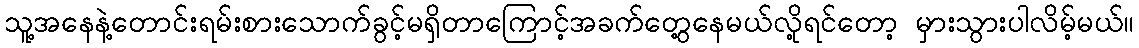
သူ့အနေနဲ့တောင်းရမ်းစားသောက်ခွင့်မရှိတာကြောင့်အခက်တွေ့နေမယ်လို့ရင်တော့ မှားသွားပါလိမ့်မယ်။